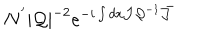
N ^ { ' } { \mid { \cal Q } \mid } ^ { - 2 } e ^ { - i \int d x { \cal J } { { \cal Q } } ^ { - 1 } \bar { { \cal J } } }